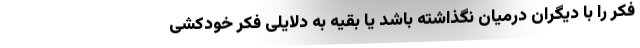
فکر را با دیگران درمیان نگذاشته باشد یا بقیه به دلایلی فکر خودکشی